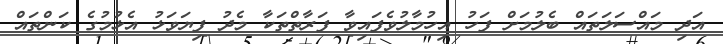
އަދި މައްސަލަތައް ބެލުމަށް ފަހު އިހުމާލުވެފައިވާ ފަރާތްތަކާ މެދު ފިޔަވަޅު އެޅުމުގެ ކަންތައް